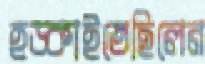
হড়্‌কাইতেছিলেন